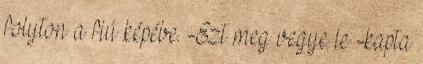
folyton a fiú képébe. -Ezt meg vegye le -kapta